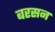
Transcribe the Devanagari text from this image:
बरसन